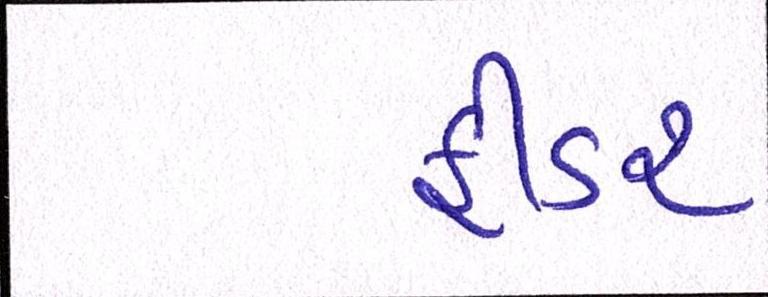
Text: ફીડર